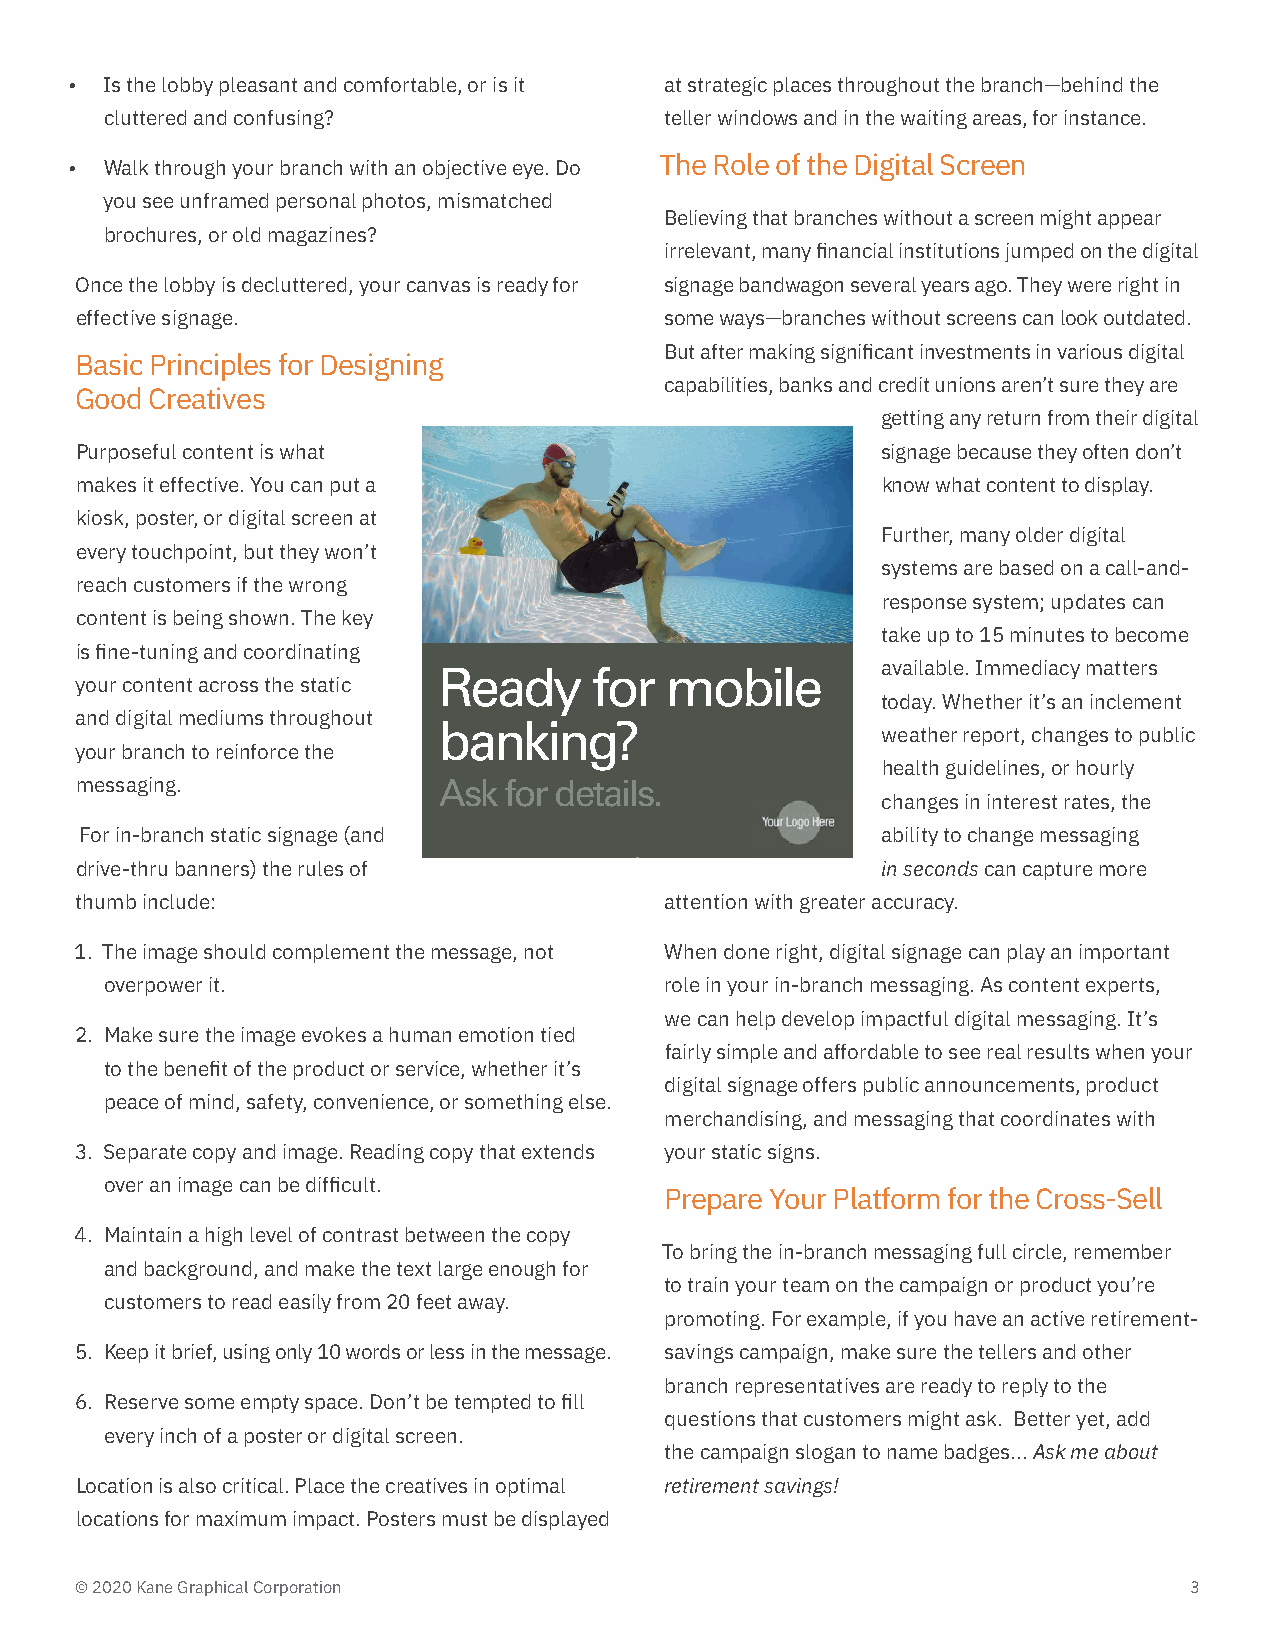
• Is the lobby pleasant and comfortable, or is it at strategic places throughout the branch—behind the
 cluttered and confusing?             teller windows and in the waiting areas, for instance.
 The Role of the Digital Screen
 • Walk through your branch with an objective eye. Do
 you see unframed personal photos, mismatched
 Believing that branches without a screen might appear
 brochures, or old magazines?
 irrelevant, many financial institutions jumped on the digital
 Once the lobby is decluttered, your canvas is ready for signage bandwagon several years ago. They were right in
 effective signage.                     some ways—branches without screens can look outdated.
 But after making significant investments in various digital
 Basic Principles for Designing
 capabilities, banks and credit unions aren’t sure they are
 Good Creatives
 getting any return from their digital
 Purposeful content is what                           signage because they often don’t
 makes it effective. You can put a                    know what content to display.
 kiosk, poster, or digital screen at
 Further, many older digital
 every touchpoint, but they won’t
 systems are based on a call-and-
 reach customers if the wrong
 response system; updates can
 content is being shown. The key
 take up to 15 minutes to become
 is fine-tuning and coordinating
 available. Immediacy matters
 Ready     for  mobile
 your content across the static
 today. Whether it’s an inclement
 and digital mediums throughout
 banking?
 weather report, changes to public
 your branch to reinforce the
 health guidelines, or hourly
 messaging.              Ask for details.
 changes in interest rates, the
 For in-branch static signage (and                    ability to change messaging
 drive-thru banners) the rules of                     in seconds can capture more
 thumb include:                         attention with greater accuracy.
 1. The image should complement the message, not When done right, digital signage can play an important
 overpower it.                        role in your in-branch messaging. As content experts,
 we can help develop impactful digital messaging. It’s
 2. Make sure the image evokes a human emotion tied
 fairly simple and affordable to see real results when your
 to the benefit of the product or service, whether it’s
 digital signage offers public announcements, product
 peace of mind, safety, convenience, or something else.
 merchandising, and messaging that coordinates with
 3. Separate copy and image. Reading copy that extends your static signs.
 over an image can be difficult.
 Prepare Your Platform for the Cross-Sell
 4. Maintain a high level of contrast between the copy
 To bring the in-branch messaging full circle, remember
 and background, and make the text large enough for
 to train your team on the campaign or product you’re
 customers to read easily from 20 feet away.
 promoting. For example, if you have an active retirement-
 5. Keep it brief, using only 10 words or less in the message. savings campaign, make sure the tellers and other
 branch representatives are ready to reply to the
 6. Reserve some empty space. Don’t be tempted to fill
 questions that customers might ask. Better yet, add
 every inch of a poster or digital screen.
 the campaign slogan to name badges... Ask me about
 Location is also critical. Place the creatives in optimal retirement savings!
 locations for maximum impact. Posters must be displayed
 © 2020 Kane Graphical Corporation                                         3